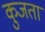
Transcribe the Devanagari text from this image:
कुजता